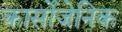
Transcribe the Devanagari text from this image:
कार्सोजेनिक